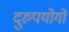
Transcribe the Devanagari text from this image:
दुरुपयोगों